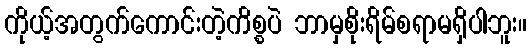
ကိုယ့်အတွက်ကောင်းတဲ့ကိစ္စပဲ ဘာမှစိုးရိမ်စရာမရှိပါဘူး။